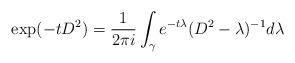
LaTeX: \begin{align*}\exp (-t D^2)=\frac{1}{2\pi i}\int_\gamma e^{-t\lambda} (D^2 - \lambda)^{-1} d\lambda\end{align*}